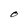
Character: O